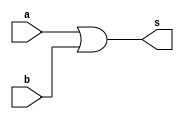
// ------------------------- 
// Exercicio0010 - OR 
// Nome: Lucas Cardoso 
// -------------------------

// ------------------------- 
// -- or gate 
// ------------------------- 
module orgate ( output s, 
input a, 
input b); 
assign s = (a | b); 
endmodule // ORgate 

module orgate2 (output t,
input s,
input c);
assign t = (s | c);
endmodule //ORgate

// --------------------- 
// -- test OR gate 
// --------------------- 
module testorgate; 

// ------------------------- dados locais 
reg a, b, c; // definir registradores 
wire s, t; // definir conexao (fio) 

// ------------------------- instancia 
orgate OR1 (s, a, b); 
orgate2 OR2 (t, s, c);

// ------------------------- preparacao 
initial begin:start 
// atribuicao simultanea 
// dos valores iniciais 
a=0; b=0; c=0;
end 

// ------------------------- parte principal 
initial begin 
$display("Exercicio0010 - Lucas Cardoso - 441694"); 
$display("Test OR gate"); 
$display("\na & b & c = s\n"); 
a=0; b=0; c=0;
#1 $display("%b & %b & %b = %b", a, b, c, t); 
a=0; b=0; c=1;
#1 $display("%b & %b & %b = %b", a, b, c, t);
a=0; b=1; c=0;
#1 $display("%b & %b & %b = %b", a, b, c, t); 
a=0; b=1; c=1;
#1 $display("%b & %b & %b = %b", a, b, c, t); 
a=1; b=0; c=0;
#1 $display("%b & %b & %b = %b", a, b, c, t);
a=1; b=0; c=1;
#1 $display("%b & %b & %b = %b", a, b, c, t); 
a=1; b=1; c=0;
#1 $display("%b & %b & %b = %b", a, b, c, t);
a=1; b=1; c=1;
#1 $display("%b & %b & %b = %b", a, b, c, t);
end 
endmodule // testandgate